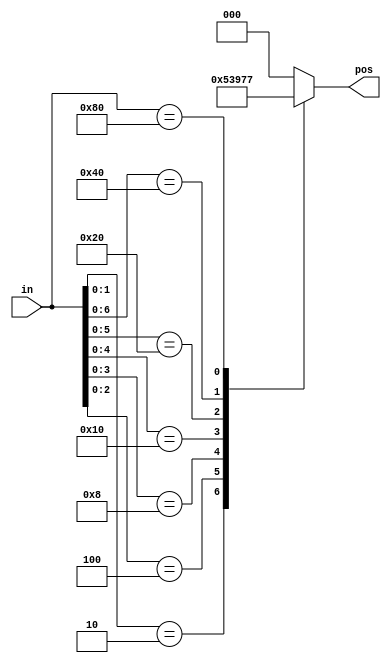
/*
A priority encoder is a combinational circuit that, when given an input bit vector, outputs the position of the first 1 bit in the vector. For example, a 
8-bit priority encoder given the input 8'b10010000 would output 3'd4, because bit[4] is first bit that is high.

Build a 8-bit priority encoder. For this problem, if none of the input bits are high (i.e., input is zero), output zero. Note that a
 4-bit number has 16 possible combinations.
*/

module top_module (
    input [7:0] in,
    output reg [2:0] pos  );
    always@(*)
        begin
            casez(in)
                8'bzzzz_zzz1:pos = 3'd0;
                8'bzzzz_zz10:pos = 3'd1;
                8'bzzzz_z100:pos = 3'd2;
                8'bzzzz_1000:pos = 3'd3;
                8'bzzz1_0000:pos = 3'd4;
                8'bzz10_0000:pos = 3'd5;
                8'bz100_0000:pos = 3'd6;
                8'b1000_0000:pos = 3'd7;
             	default: pos = 3'd0;
            endcase
        end
endmodule